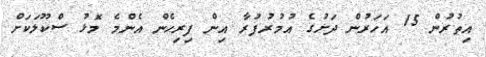
އިތުރުން 15 އަހަރުން ދަށުގެ އުމުރުފުރާ އިން ފިރިހެން އެންމެ މޮޅު ސްކޫލަކަށް